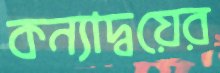
কন্যাদ্বয়ের